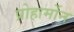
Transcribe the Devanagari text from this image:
प्रोहार्मोन